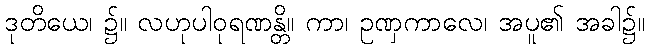
ဒုတိယေ၊ ၌။ လဟုပါဝုရဏန္တိ။ ကာ၊ ဥဏှကာလေ၊ အပူ၏ အခါ၌။